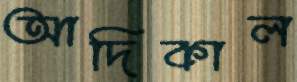
আদিকাল